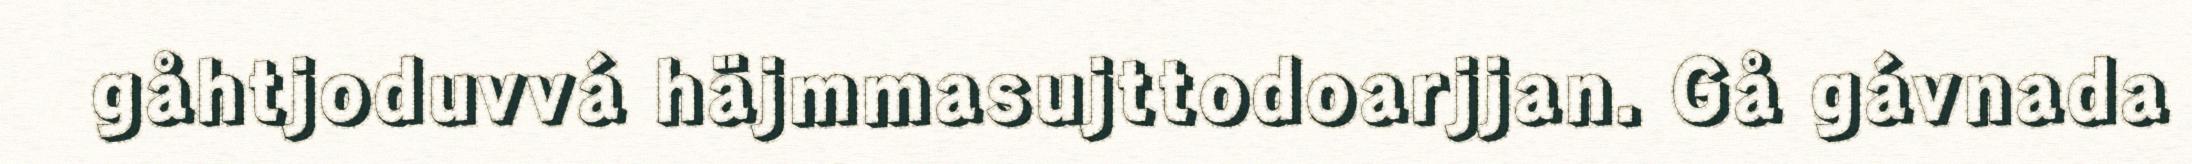
gåhtjoduvvá häjmmasujttodoarjjan. Gå gávnada